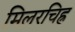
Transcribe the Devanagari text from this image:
मिलरचिह्र